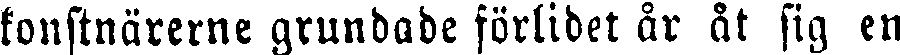
konstnärerne grundade förlidet år åt sig en